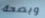
وبصحة